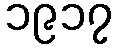
၁၉၁၇